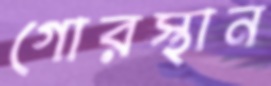
গোরস্থান